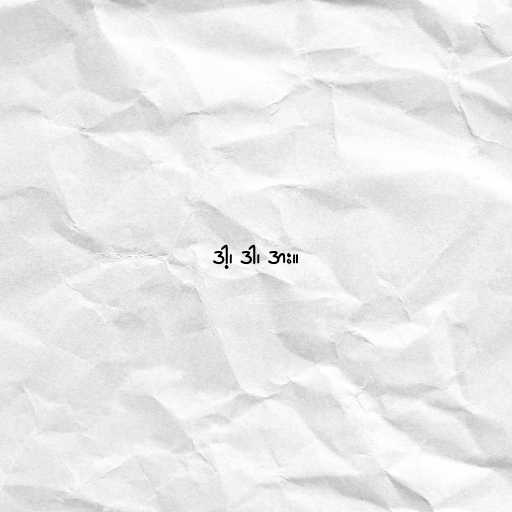
ဒါ့၊ ဒါ၊ ဒား။